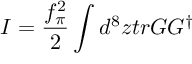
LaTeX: I = \frac { f _ { \pi } ^ { 2 } } { 2 } \int d ^ { 8 } z t r G G ^ { \dagger }